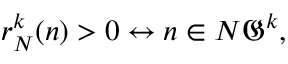
r _ { N } ^ { k } ( n ) > 0 \leftrightarrow n \in N { \mathfrak { G } } ^ { k } ,